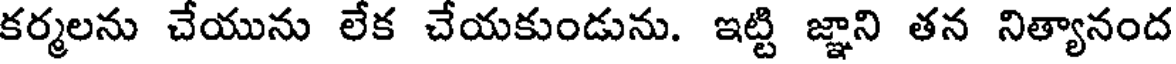
కర్మలను చేయును లేక చేయకుండును. ఇట్టి జ్ఞాని తన నిత్యానంద